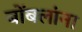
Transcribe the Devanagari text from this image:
बोंबलांना